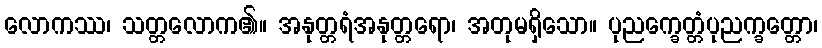
လောကဿ၊ သတ္တလောက၏။ အနုတ္တရံအနုတ္တရော၊ အတုမရှိသော။ ပုညက္ခေတ္တံပုညက္ခတ္တော၊